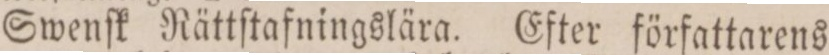
Swenſk Rättſtafningslära. Efter författarens